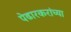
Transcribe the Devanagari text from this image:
पेढारकरांच्या